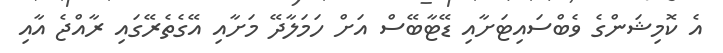
އެ ކޮމިޝަންގެ ވެބްސައިޓަށާއި ޑޭޓާބޭސް އަށް ހަމަލާދޭ މަށާއި އޭގެތެރޭގައި ރާއްޖެ އާއި